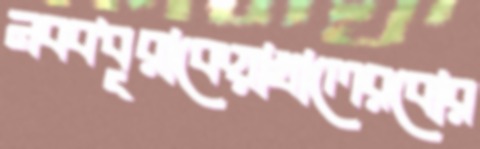
নববধূরাকেয়াখালেরবোর